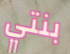
بنتي